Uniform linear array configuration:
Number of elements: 32
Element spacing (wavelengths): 1
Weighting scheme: binomial
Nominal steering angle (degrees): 0
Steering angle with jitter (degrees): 0.2735
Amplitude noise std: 0.05
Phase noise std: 0.05

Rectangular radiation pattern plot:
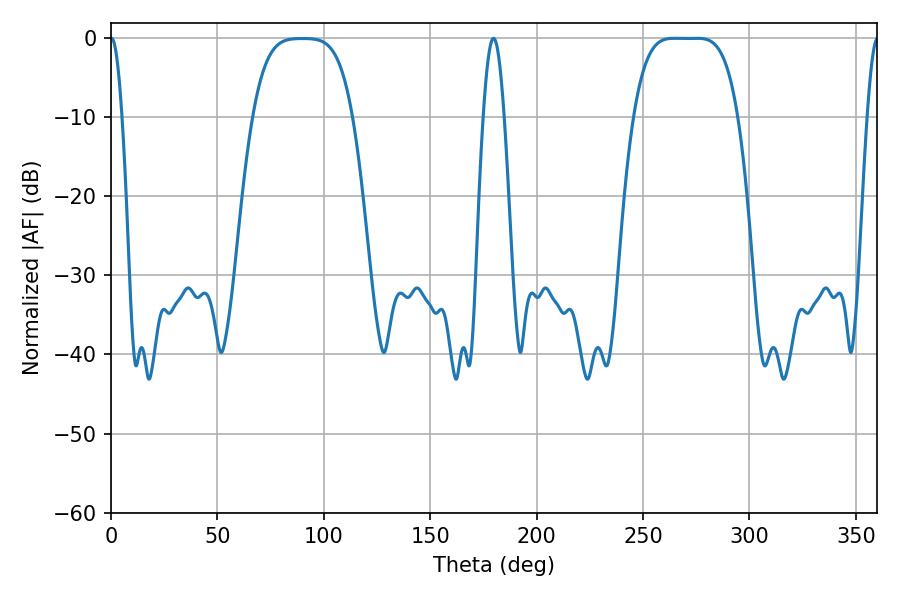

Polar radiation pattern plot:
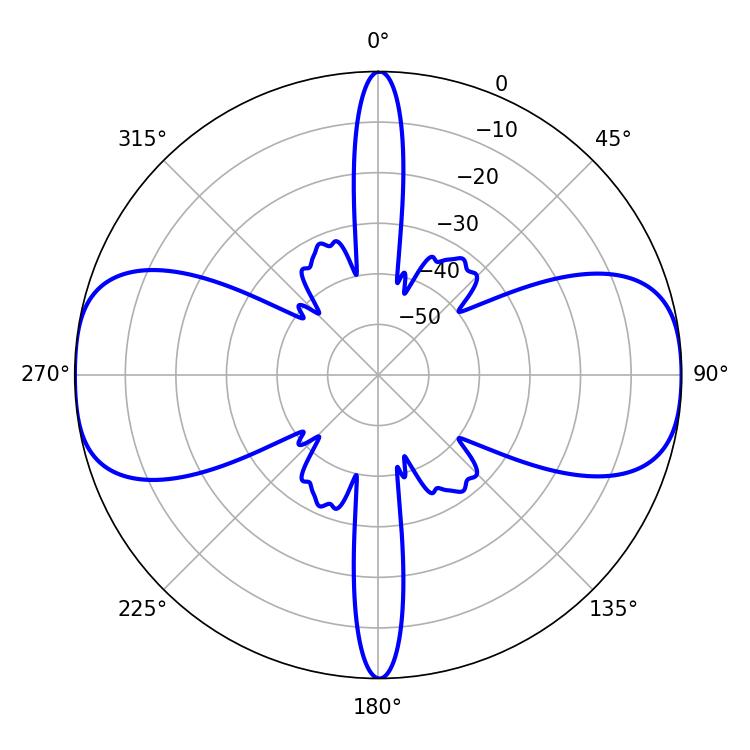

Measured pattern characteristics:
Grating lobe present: TRUE
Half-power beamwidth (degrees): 36.72
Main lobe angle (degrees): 264.6